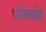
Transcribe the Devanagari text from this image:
भोजकोर